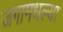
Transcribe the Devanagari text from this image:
जगामधल्या